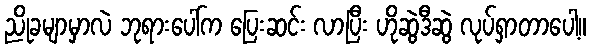
ညိုခမျာမှာလဲ ဘုရားပေါ်က ပြေးဆင်း လာပြီး ဟိုဆွဲဒီဆွဲ လုပ်ရှာတာပေါ့။